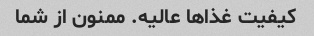
کیفیت غذاها عالیه. ممنون از شما